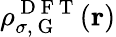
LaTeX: \rho_{\sigma,\mathrm{~G~}}^{\mathrm{~D~F~T~}}(\boldsymbol{\textbf{r}})